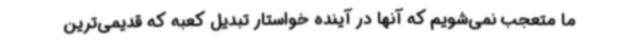
ما متعجب نمی‌شویم که آنها در آینده خواستار تبدیل کعبه که قدیمی‌ترین